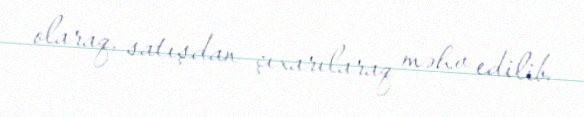
olaraq, satışdan çıxarılaraq məhv edilib.